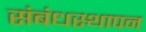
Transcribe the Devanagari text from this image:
संबंधस्थापन